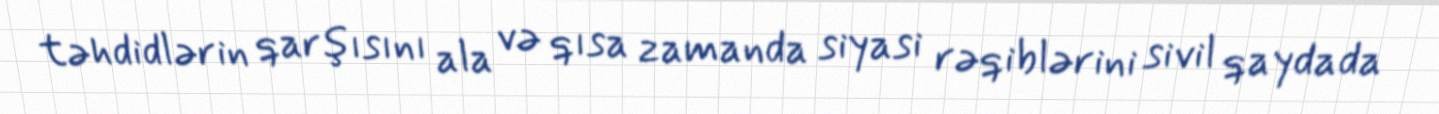
təhdidlərin qarşısını ala və qısa zamanda siyasi rəqiblərini sivil qaydada